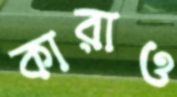
কারাও